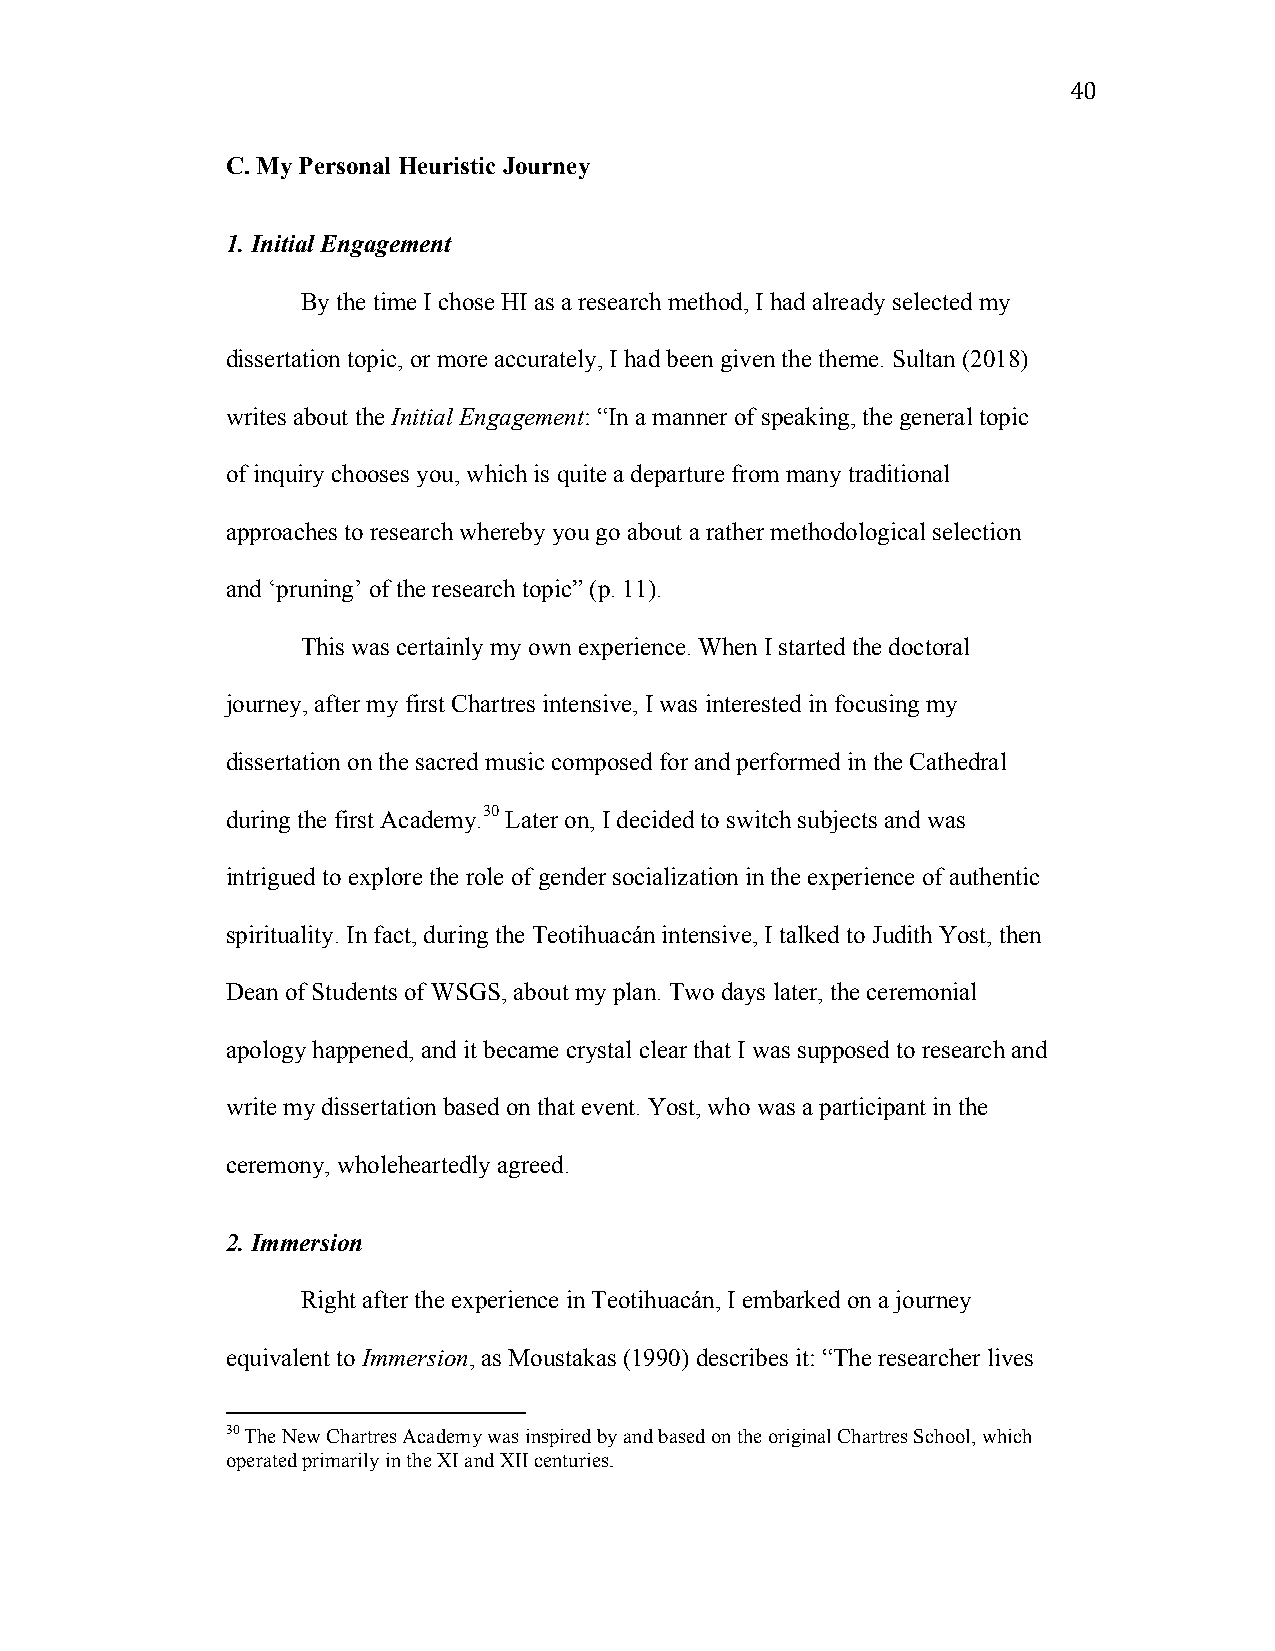
40
 C. My Personal Heuristic Journey
 1. Initial Engagement
 By the time I chose HI as a research method, I had already selected my
 dissertation topic, or more accurately, I had been given the theme. Sultan (2018)
 writes about the Initial Engagement: “In a manner of speaking, the general topic
 of inquiry chooses you, which is quite a departure from many traditional
 approaches to research whereby you go about a rather methodological selection
 and ‘pruning’ of the research topic” (p. 11).
 This was certainly my own experience. When I started the doctoral
 journey, after my first Chartres intensive, I was interested in focusing my
 dissertation on the sacred music composed for and performed in the Cathedral
 during the first Academy.30 Later on, I decided to switch subjects and was
 intrigued to explore the role of gender socialization in the experience of authentic
 spirituality. In fact, during the Teotihuacán intensive, I talked to Judith Yost, then
 Dean of Students of WSGS, about my plan. Two days later, the ceremonial
 apology happened, and it became crystal clear that I was supposed to research and
 write my dissertation based on that event. Yost, who was a participant in the
 ceremony, wholeheartedly agreed.
 2. Immersion
 Right after the experience in Teotihuacán, I embarked on a journey
 equivalent to Immersion, as Moustakas (1990) describes it: “The researcher lives
 30 The New Chartres Academy was inspired by and based on the original Chartres School, which
 operated primarily in the XI and XII centuries.